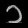
Digit: ၁